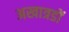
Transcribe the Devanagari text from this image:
अखात्रडों